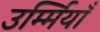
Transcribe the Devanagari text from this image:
उर्म्मियाँ